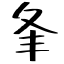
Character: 夆